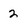
Character: 2